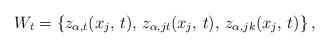
LaTeX: \begin{align*} W_t = \left\{z_{\alpha,t}(x_{j},\,t),\, z_{\alpha,jt}(x_{j},\,t),\,z_{\alpha,jk}(x_{j},\,t)\right\}, \end{align*}